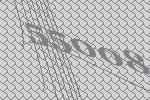
55008